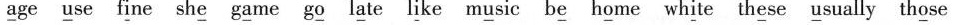
\underline{a}ge \underline{u}se